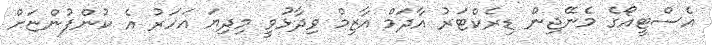
އެސްޓީއޯގެ މެނޭޖިން ޑިރެކްޓަރު އާދަމް އާޒިމް ވިދާޅުވީ މިދިޔަ އަހަރު އެ ކުންފުންޏަށް